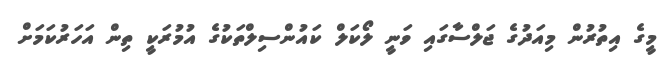
މީގެ އިތުރުން މިއަދުގެ ޖަލްސާގައި ވަނީ ލޯކަލް ކައުންސިލްތަކުގެ އުމުރަކީ ތިން އަހަރުކަމަށް